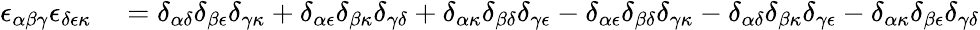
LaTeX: \begin{array}{rl}{\epsilon_{\alpha\beta\gamma}\epsilon_{\delta\epsilon\kappa}}&{{}=\delta_{\alpha\delta}\delta_{\beta\epsilon}\delta_{\gamma\kappa}+\delta_{\alpha\epsilon}\delta_{\beta\kappa}\delta_{\gamma\delta}+\delta_{\alpha\kappa}\delta_{\beta\delta}\delta_{\gamma\epsilon}-\delta_{\alpha\epsilon}\delta_{\beta\delta}\delta_{\gamma\kappa}-\delta_{\alpha\delta}\delta_{\beta\kappa}\delta_{\gamma\epsilon}-\delta_{\alpha\kappa}\delta_{\beta\epsilon}\delta_{\gamma\delta}}\end{array}